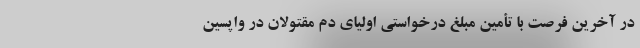
در آخرین فرصت با تأمین مبلغ درخواستی اولیای دم مقتولان در واپسین